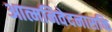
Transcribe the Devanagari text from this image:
आत्मनिवेदनासक्ति